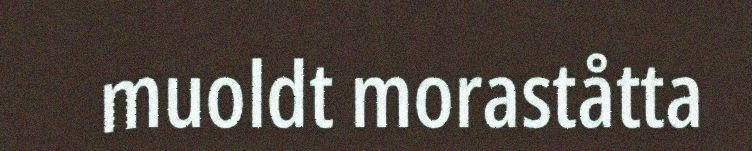
muoldt moraståtta